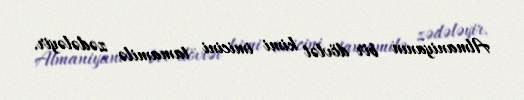
Almaniyanın bir dövlət kimi imicini tamamilə zədələyir.